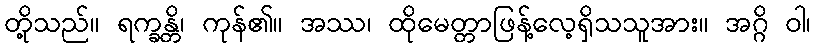
တို့သည်။ ရက္ခန္တိ၊ ကုန်၏။ အဿ၊ ထိုမေတ္တာဖြန့်လေ့ရှိသသူအား။ အဂ္ဂိ ဝါ၊